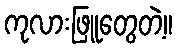
ကုလားဖြူတွေတဲ့။